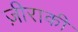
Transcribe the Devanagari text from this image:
ज़ीराकी